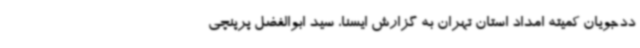
ددجویان کمیته امداد استان تهران به گزارش ایسنا، سید ابوالفضل پرپنچی